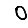
Digit: 0